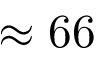
\approx 6 6